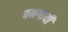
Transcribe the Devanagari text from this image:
वनगायी